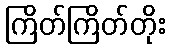
ကြိတ်ကြိတ်တိုး